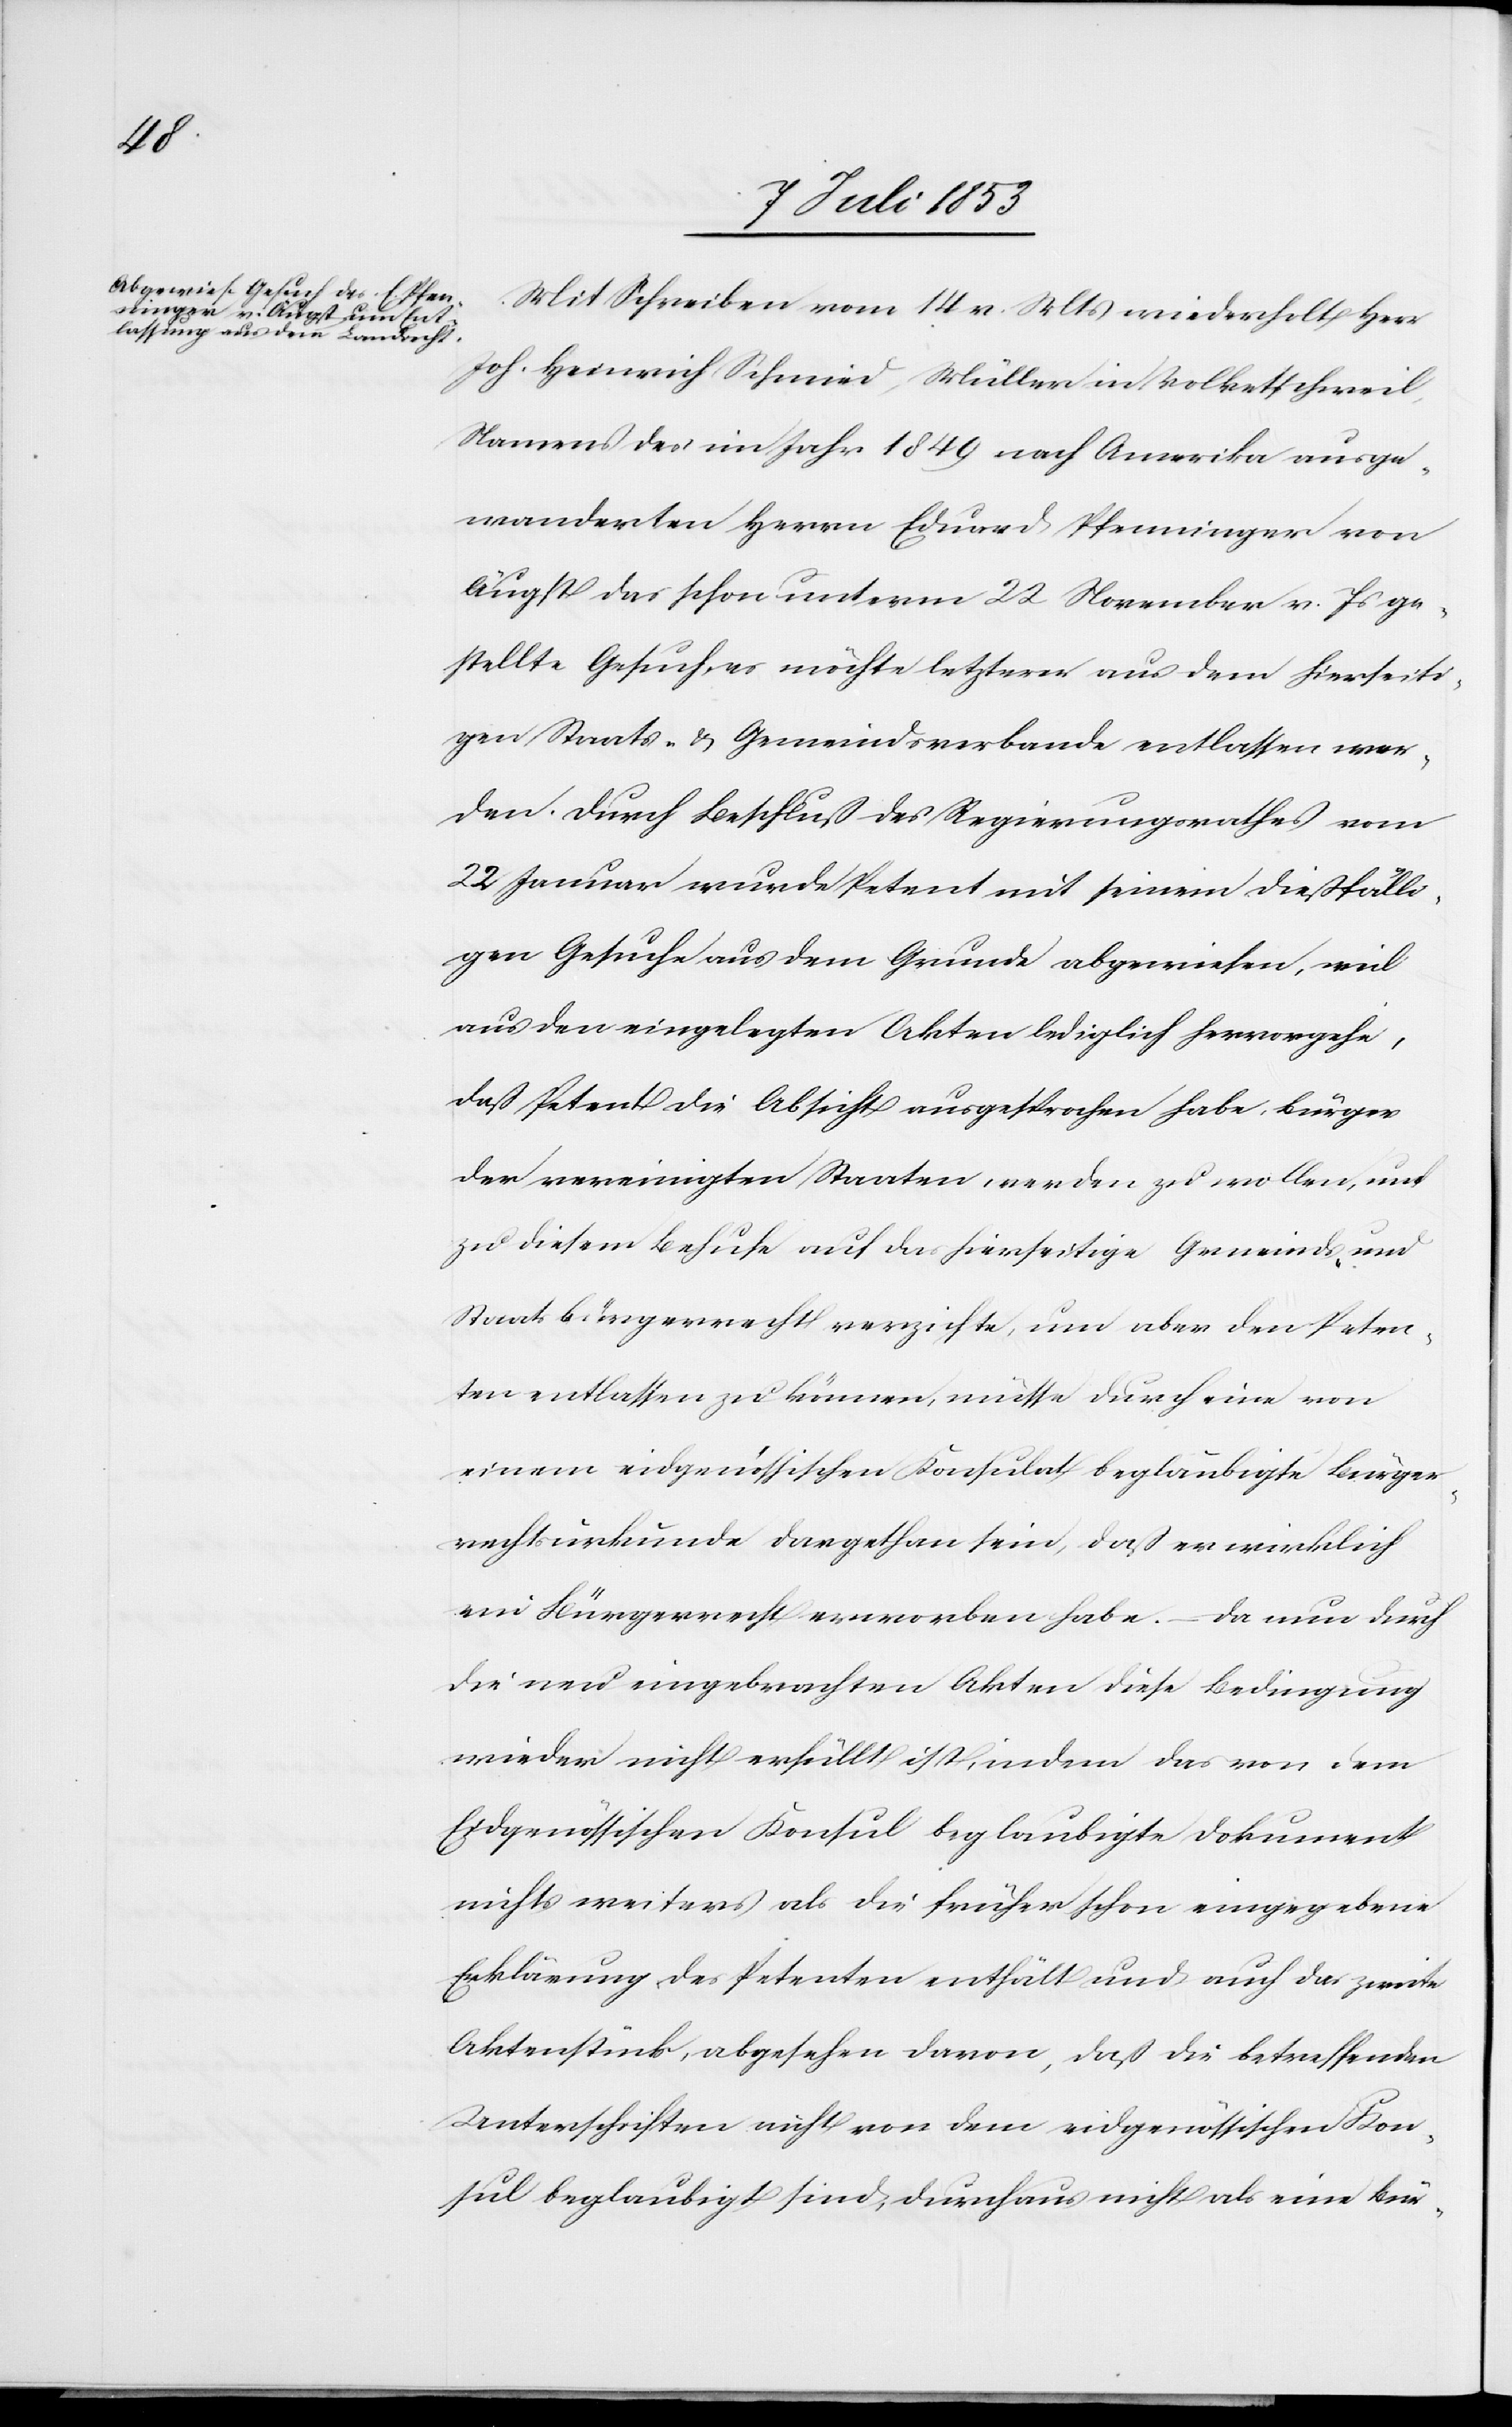
Mit Schreiben vom 14 v. Mts. wiederholt Herr
Joh. Heinrich Schmid, Müller in Volketsweil,
Namens des im Jahr 1849 nach Amerika ausge¬
wanderten Herrn Eduard Pfeninnger von
Augst das schon unterm 22 November v. Js. ge¬
stellte Gesuch, es möchte letzter aus dem hierseiti¬
gen Staats- u. Gemeindsverbande entlassen wer¬
den. Durch Beschluß des Regierungsrathes vom
22 Januar wurde Petent mit seinem dießfälli¬
gen Gesuche aus dem Grunde abgewiesen, weil
aus den eingelegten Akten lediglich hervorgehe,
daß Petent die Absicht ausgesprochen habe, Bürger
der vereinigten Staaten werden zu wollen, und
zu diesem Behufe auf das hierseitige Gemeinds- und
Staatsbürgerrecht verzichte, um aber den Peten¬
ten entlassen zu können, müsse durch eine vom
einem eidgenössischen Konsulat beglaubigte Bürger¬
rechtsurkunde dargethan sein, daß er wirklich
ein Bürgerrecht erworben habe. – Da nun durch
die neu eingebrachten Akten diese Bedingung
wieder nicht erfüllt ist, indem das von dem
Eidgenössischen Konsul beglaubigte Dokument
nichts weiteres als die früher schon eingegebene
Erklärung des Petenten enthält und auch das zweite
Aktenstück, abgesehen davon, daß die betreffenden
Unterschriften nicht von dem eidgenössischen Kon¬
sul beglaubigt sind, durchaus nicht als eine Bür-